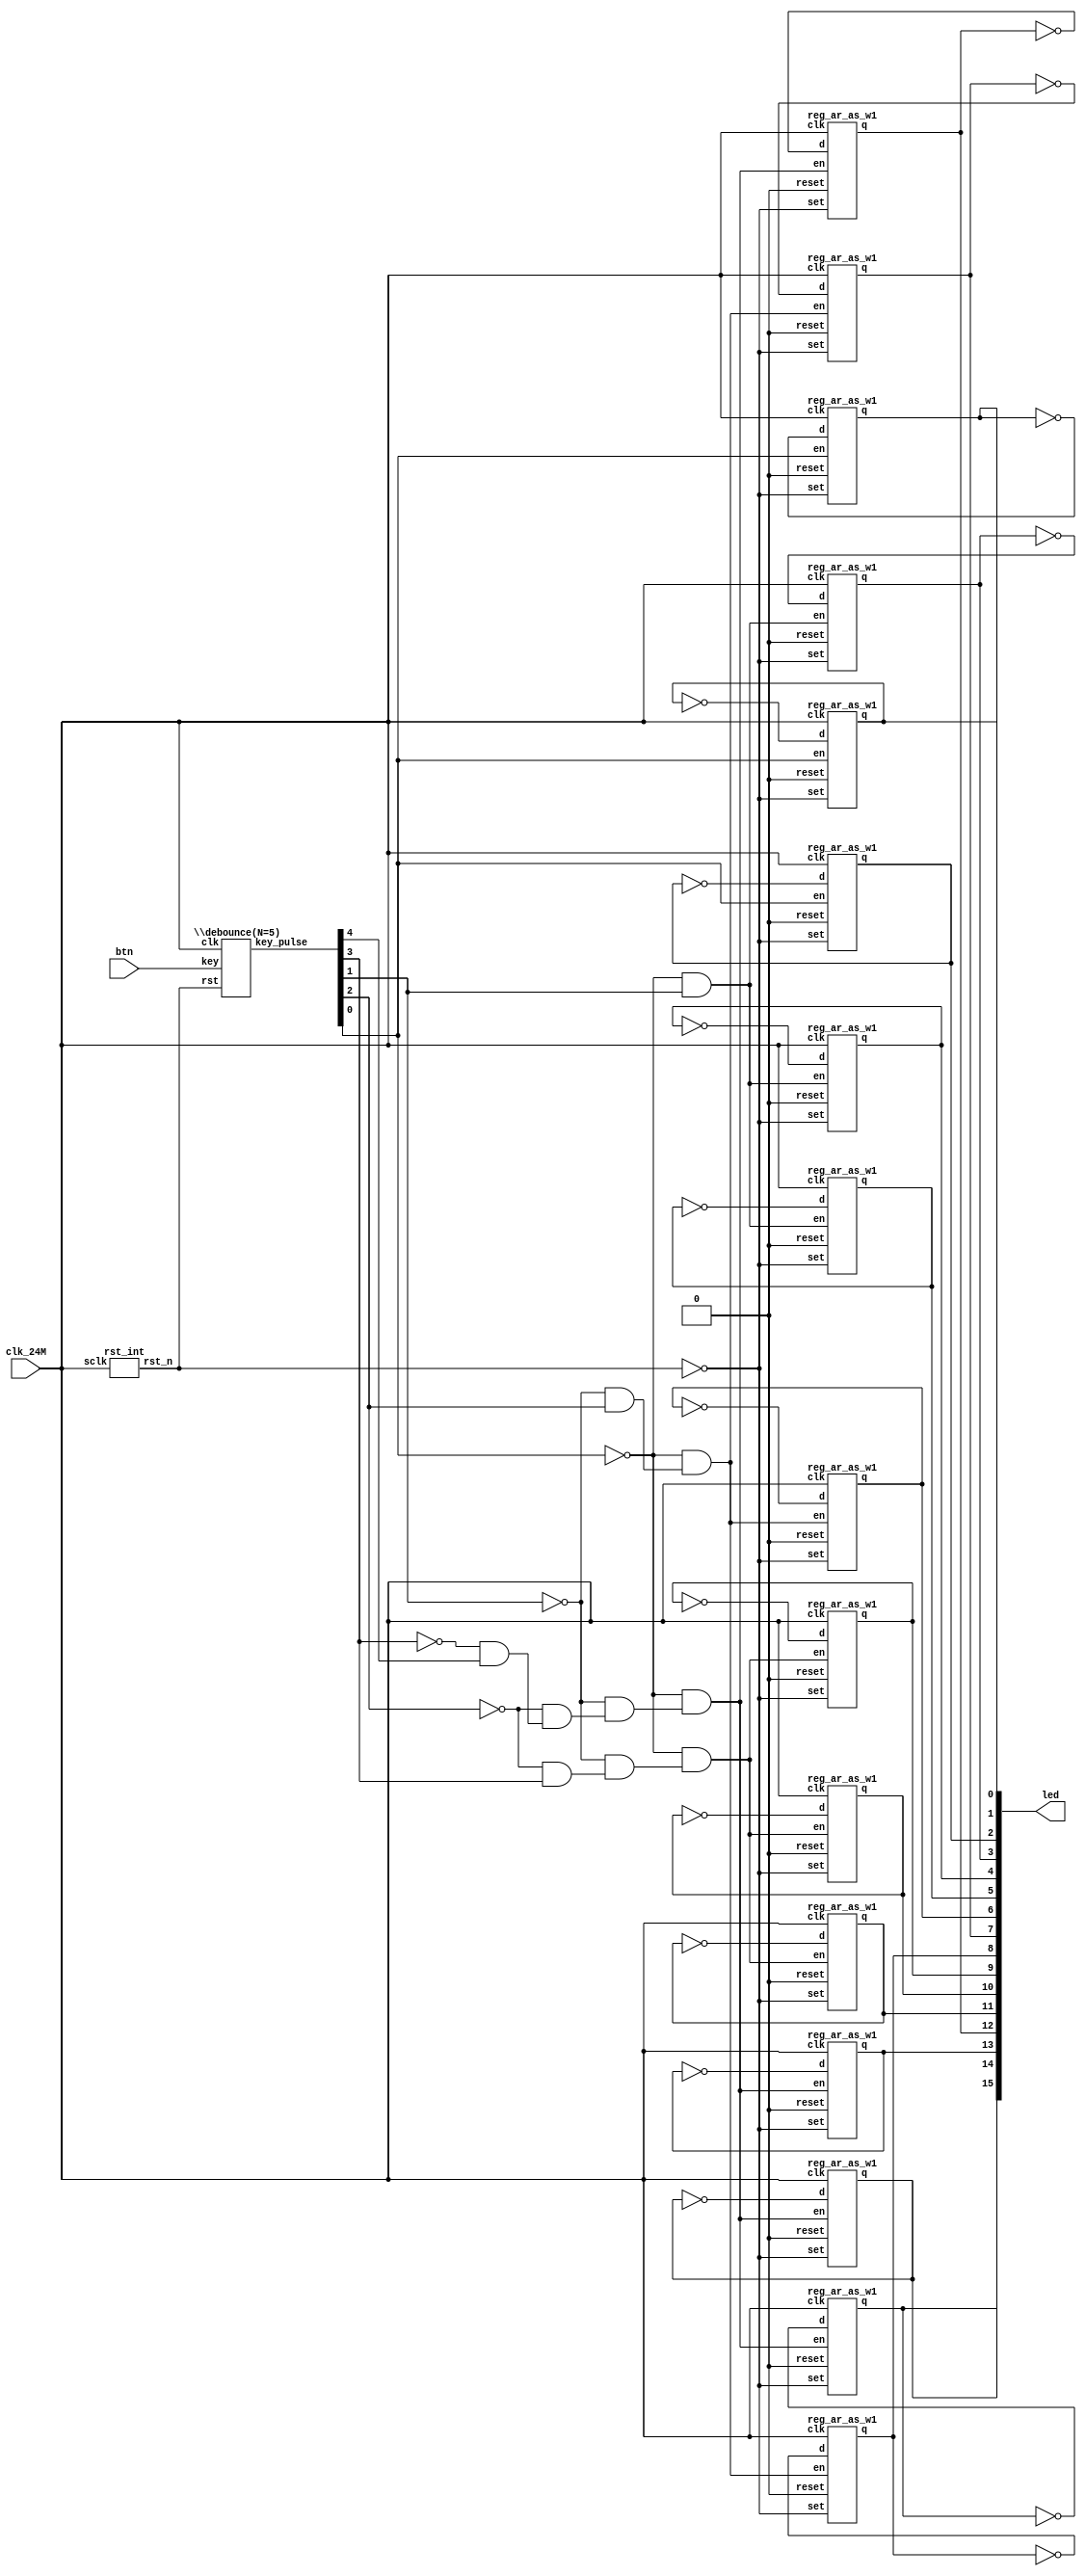
// Verilog netlist created by TD v4.6.12906
// Tue Jul 23 19:11:32 2019

`timescale 1ns / 1ps
module switch_LED  // Buttons_LED.v(15)
  (
  btn,
  clk_24M,
  led
  );

  input [4:0] btn;  // Buttons_LED.v(17)
  input clk_24M;  // Buttons_LED.v(16)
  output [15:0] led;  // Buttons_LED.v(18)

  wire [4:0] key_pulse;  // Buttons_LED.v(22)
  wire [2:0] n1;
  wire [2:0] n2;
  wire [2:0] n3;
  wire [2:0] n4;
  wire [3:0] n5;
  wire \key_pulse[0]_neg ;
  wire \key_pulse[1]_neg ;
  wire \key_pulse[2]_neg ;
  wire \key_pulse[3]_neg ;
  wire mux1_b3_sel_is_2_o;
  wire mux2_b3_sel_is_2_o;
  wire mux2_b6_sel_is_2_o;
  wire mux3_b10_sel_is_2_o;
  wire mux3_b12_sel_is_2_o;
  wire mux3_b3_sel_is_2_o;
  wire mux3_b6_sel_is_2_o;
  wire mux4_b10_sel_is_2_o;
  wire mux4_b3_sel_is_2_o;
  wire mux4_b6_sel_is_2_o;
  wire rst_n;  // Buttons_LED.v(21)

  not \key_pulse[0]_inv  (\key_pulse[0]_neg , key_pulse[0]);
  not \key_pulse[1]_inv  (\key_pulse[1]_neg , key_pulse[1]);
  not \key_pulse[2]_inv  (\key_pulse[2]_neg , key_pulse[2]);
  not \key_pulse[3]_inv  (\key_pulse[3]_neg , key_pulse[3]);
  and mux1_b3_sel_is_2 (mux1_b3_sel_is_2_o, \key_pulse[3]_neg , key_pulse[4]);
  and mux2_b3_sel_is_2 (mux2_b3_sel_is_2_o, \key_pulse[2]_neg , key_pulse[3]);
  and mux2_b6_sel_is_2 (mux2_b6_sel_is_2_o, \key_pulse[2]_neg , mux1_b3_sel_is_2_o);
  and mux3_b10_sel_is_2 (mux3_b10_sel_is_2_o, \key_pulse[0]_neg , mux4_b6_sel_is_2_o);
  and mux3_b12_sel_is_2 (mux3_b12_sel_is_2_o, \key_pulse[0]_neg , mux4_b10_sel_is_2_o);
  and mux3_b3_sel_is_2 (mux3_b3_sel_is_2_o, \key_pulse[0]_neg , key_pulse[1]);
  and mux3_b6_sel_is_2 (mux3_b6_sel_is_2_o, \key_pulse[0]_neg , mux4_b3_sel_is_2_o);
  and mux4_b10_sel_is_2 (mux4_b10_sel_is_2_o, \key_pulse[1]_neg , mux2_b6_sel_is_2_o);
  and mux4_b3_sel_is_2 (mux4_b3_sel_is_2_o, \key_pulse[1]_neg , key_pulse[2]);
  and mux4_b6_sel_is_2 (mux4_b6_sel_is_2_o, \key_pulse[1]_neg , mux2_b3_sel_is_2_o);
  reg_ar_as_w1 reg0_b0 (
    .clk(clk_24M),
    .d(n1[0]),
    .en(key_pulse[0]),
    .reset(1'b0),
    .set(~rst_n),
    .q(led[0]));  // Buttons_LED.v(54)
  reg_ar_as_w1 reg0_b1 (
    .clk(clk_24M),
    .d(n1[1]),
    .en(key_pulse[0]),
    .reset(1'b0),
    .set(~rst_n),
    .q(led[1]));  // Buttons_LED.v(54)
  reg_ar_as_w1 reg0_b10 (
    .clk(clk_24M),
    .d(n4[1]),
    .en(mux3_b10_sel_is_2_o),
    .reset(1'b0),
    .set(~rst_n),
    .q(led[10]));  // Buttons_LED.v(54)
  reg_ar_as_w1 reg0_b11 (
    .clk(clk_24M),
    .d(n4[2]),
    .en(mux3_b10_sel_is_2_o),
    .reset(1'b0),
    .set(~rst_n),
    .q(led[11]));  // Buttons_LED.v(54)
  reg_ar_as_w1 reg0_b12 (
    .clk(clk_24M),
    .d(n5[0]),
    .en(mux3_b12_sel_is_2_o),
    .reset(1'b0),
    .set(~rst_n),
    .q(led[12]));  // Buttons_LED.v(54)
  reg_ar_as_w1 reg0_b13 (
    .clk(clk_24M),
    .d(n5[1]),
    .en(mux3_b12_sel_is_2_o),
    .reset(1'b0),
    .set(~rst_n),
    .q(led[13]));  // Buttons_LED.v(54)
  reg_ar_as_w1 reg0_b14 (
    .clk(clk_24M),
    .d(n5[2]),
    .en(mux3_b12_sel_is_2_o),
    .reset(1'b0),
    .set(~rst_n),
    .q(led[14]));  // Buttons_LED.v(54)
  reg_ar_as_w1 reg0_b15 (
    .clk(clk_24M),
    .d(n5[3]),
    .en(mux3_b12_sel_is_2_o),
    .reset(1'b0),
    .set(~rst_n),
    .q(led[15]));  // Buttons_LED.v(54)
  reg_ar_as_w1 reg0_b2 (
    .clk(clk_24M),
    .d(n1[2]),
    .en(key_pulse[0]),
    .reset(1'b0),
    .set(~rst_n),
    .q(led[2]));  // Buttons_LED.v(54)
  reg_ar_as_w1 reg0_b3 (
    .clk(clk_24M),
    .d(n2[0]),
    .en(mux3_b3_sel_is_2_o),
    .reset(1'b0),
    .set(~rst_n),
    .q(led[3]));  // Buttons_LED.v(54)
  reg_ar_as_w1 reg0_b4 (
    .clk(clk_24M),
    .d(n2[1]),
    .en(mux3_b3_sel_is_2_o),
    .reset(1'b0),
    .set(~rst_n),
    .q(led[4]));  // Buttons_LED.v(54)
  reg_ar_as_w1 reg0_b5 (
    .clk(clk_24M),
    .d(n2[2]),
    .en(mux3_b3_sel_is_2_o),
    .reset(1'b0),
    .set(~rst_n),
    .q(led[5]));  // Buttons_LED.v(54)
  reg_ar_as_w1 reg0_b6 (
    .clk(clk_24M),
    .d(n3[0]),
    .en(mux3_b6_sel_is_2_o),
    .reset(1'b0),
    .set(~rst_n),
    .q(led[6]));  // Buttons_LED.v(54)
  reg_ar_as_w1 reg0_b7 (
    .clk(clk_24M),
    .d(n3[1]),
    .en(mux3_b6_sel_is_2_o),
    .reset(1'b0),
    .set(~rst_n),
    .q(led[7]));  // Buttons_LED.v(54)
  reg_ar_as_w1 reg0_b8 (
    .clk(clk_24M),
    .d(n3[2]),
    .en(mux3_b6_sel_is_2_o),
    .reset(1'b0),
    .set(~rst_n),
    .q(led[8]));  // Buttons_LED.v(54)
  reg_ar_as_w1 reg0_b9 (
    .clk(clk_24M),
    .d(n4[0]),
    .en(mux3_b10_sel_is_2_o),
    .reset(1'b0),
    .set(~rst_n),
    .q(led[9]));  // Buttons_LED.v(54)
  not u0 (n4[1], led[10]);  // Buttons_LED.v(49)
  not u1 (n5[3], led[15]);  // Buttons_LED.v(51)
  not u10 (n4[2], led[11]);  // Buttons_LED.v(49)
  not u11 (n3[1], led[7]);  // Buttons_LED.v(47)
  not u12 (n3[2], led[8]);  // Buttons_LED.v(47)
  not u13 (n2[1], led[4]);  // Buttons_LED.v(45)
  not u14 (n2[2], led[5]);  // Buttons_LED.v(45)
  not u15 (n1[1], led[1]);  // Buttons_LED.v(43)
  not u16 (n1[2], led[2]);  // Buttons_LED.v(43)
  not u2 (n5[2], led[14]);  // Buttons_LED.v(51)
  not u3 (n5[1], led[13]);  // Buttons_LED.v(51)
  not u4 (n5[0], led[12]);  // Buttons_LED.v(51)
  not u6 (n1[0], led[0]);  // Buttons_LED.v(43)
  not u7 (n2[0], led[3]);  // Buttons_LED.v(45)
  not u8 (n3[0], led[6]);  // Buttons_LED.v(47)
  not u9 (n4[0], led[9]);  // Buttons_LED.v(49)
  \debounce(N=5)  ux_btn (
    .clk(clk_24M),
    .key(btn),
    .rst(rst_n),
    .key_pulse(key_pulse));  // Buttons_LED.v(25)
  rst_int ux_rst (
    .sclk(clk_24M),
    .rst_n(rst_n));  // Buttons_LED.v(32)

endmodule 

module reg_ar_as_w1
  (
  clk,
  d,
  en,
  reset,
  set,
  q
  );

  input clk;
  input d;
  input en;
  input reset;
  input set;
  output q;

  parameter REGSET = "RESET";
  wire enout;

  AL_MUX u_en0 (
    .i0(q),
    .i1(d),
    .sel(en),
    .o(enout));
  AL_DFF #(
    .INI((REGSET == "SET") ? 1'b1 : 1'b0))
    u_seq0 (
    .clk(clk),
    .d(enout),
    .reset(reset),
    .set(set),
    .q(q));

endmodule 

module \debounce(N=5)   // debounce.v(2)
  (
  clk,
  key,
  rst,
  key_pulse
  );

  input clk;  // debounce.v(7)
  input [4:0] key;  // debounce.v(9)
  input rst;  // debounce.v(8)
  output [4:0] key_pulse;  // debounce.v(10)

  parameter N = 5;
  wire [18:0] cnt;  // debounce.v(32)
  wire [4:0] key_edge;  // debounce.v(15)
  wire [4:0] key_rst;  // debounce.v(13)
  wire [4:0] key_rst_pre;  // debounce.v(12)
  wire [4:0] key_sec;  // debounce.v(46)
  wire [4:0] key_sec_pre;  // debounce.v(45)
  wire [4:0] n0;
  wire [4:0] n10;
  wire [18:0] n3;
  wire [18:0] n4;
  wire n2;
  wire n5;
  wire n6;
  wire n8;
  wire n9;

  add_pu19_pu19_o19 add0 (
    .i0(cnt),
    .i1(19'b0000000000000000001),
    .o(n3));  // debounce.v(42)
  eq_w19 eq0 (
    .i0(cnt),
    .i1(19'b1110101011000000001),
    .o(n6));  // debounce.v(54)
  binary_mux_s1_w1 mux0_b0 (
    .i0(n3[0]),
    .i1(1'b0),
    .sel(n2),
    .o(n4[0]));  // debounce.v(42)
  binary_mux_s1_w1 mux0_b1 (
    .i0(n3[1]),
    .i1(1'b0),
    .sel(n2),
    .o(n4[1]));  // debounce.v(42)
  binary_mux_s1_w1 mux0_b10 (
    .i0(n3[10]),
    .i1(1'b0),
    .sel(n2),
    .o(n4[10]));  // debounce.v(42)
  binary_mux_s1_w1 mux0_b11 (
    .i0(n3[11]),
    .i1(1'b0),
    .sel(n2),
    .o(n4[11]));  // debounce.v(42)
  binary_mux_s1_w1 mux0_b12 (
    .i0(n3[12]),
    .i1(1'b0),
    .sel(n2),
    .o(n4[12]));  // debounce.v(42)
  binary_mux_s1_w1 mux0_b13 (
    .i0(n3[13]),
    .i1(1'b0),
    .sel(n2),
    .o(n4[13]));  // debounce.v(42)
  binary_mux_s1_w1 mux0_b14 (
    .i0(n3[14]),
    .i1(1'b0),
    .sel(n2),
    .o(n4[14]));  // debounce.v(42)
  binary_mux_s1_w1 mux0_b15 (
    .i0(n3[15]),
    .i1(1'b0),
    .sel(n2),
    .o(n4[15]));  // debounce.v(42)
  binary_mux_s1_w1 mux0_b16 (
    .i0(n3[16]),
    .i1(1'b0),
    .sel(n2),
    .o(n4[16]));  // debounce.v(42)
  binary_mux_s1_w1 mux0_b17 (
    .i0(n3[17]),
    .i1(1'b0),
    .sel(n2),
    .o(n4[17]));  // debounce.v(42)
  binary_mux_s1_w1 mux0_b18 (
    .i0(n3[18]),
    .i1(1'b0),
    .sel(n2),
    .o(n4[18]));  // debounce.v(42)
  binary_mux_s1_w1 mux0_b2 (
    .i0(n3[2]),
    .i1(1'b0),
    .sel(n2),
    .o(n4[2]));  // debounce.v(42)
  binary_mux_s1_w1 mux0_b3 (
    .i0(n3[3]),
    .i1(1'b0),
    .sel(n2),
    .o(n4[3]));  // debounce.v(42)
  binary_mux_s1_w1 mux0_b4 (
    .i0(n3[4]),
    .i1(1'b0),
    .sel(n2),
    .o(n4[4]));  // debounce.v(42)
  binary_mux_s1_w1 mux0_b5 (
    .i0(n3[5]),
    .i1(1'b0),
    .sel(n2),
    .o(n4[5]));  // debounce.v(42)
  binary_mux_s1_w1 mux0_b6 (
    .i0(n3[6]),
    .i1(1'b0),
    .sel(n2),
    .o(n4[6]));  // debounce.v(42)
  binary_mux_s1_w1 mux0_b7 (
    .i0(n3[7]),
    .i1(1'b0),
    .sel(n2),
    .o(n4[7]));  // debounce.v(42)
  binary_mux_s1_w1 mux0_b8 (
    .i0(n3[8]),
    .i1(1'b0),
    .sel(n2),
    .o(n4[8]));  // debounce.v(42)
  binary_mux_s1_w1 mux0_b9 (
    .i0(n3[9]),
    .i1(1'b0),
    .sel(n2),
    .o(n4[9]));  // debounce.v(42)
  reg_ar_as_w1 reg0_b0 (
    .clk(clk),
    .d(key_rst[0]),
    .en(1'b1),
    .reset(1'b0),
    .set(~rst),
    .q(key_rst_pre[0]));  // debounce.v(27)
  reg_ar_as_w1 reg0_b1 (
    .clk(clk),
    .d(key_rst[1]),
    .en(1'b1),
    .reset(1'b0),
    .set(~rst),
    .q(key_rst_pre[1]));  // debounce.v(27)
  reg_ar_as_w1 reg0_b2 (
    .clk(clk),
    .d(key_rst[2]),
    .en(1'b1),
    .reset(1'b0),
    .set(~rst),
    .q(key_rst_pre[2]));  // debounce.v(27)
  reg_ar_as_w1 reg0_b3 (
    .clk(clk),
    .d(key_rst[3]),
    .en(1'b1),
    .reset(1'b0),
    .set(~rst),
    .q(key_rst_pre[3]));  // debounce.v(27)
  reg_ar_as_w1 reg0_b4 (
    .clk(clk),
    .d(key_rst[4]),
    .en(1'b1),
    .reset(1'b0),
    .set(~rst),
    .q(key_rst_pre[4]));  // debounce.v(27)
  reg_ar_as_w1 reg1_b0 (
    .clk(clk),
    .d(n4[0]),
    .en(1'b1),
    .reset(~rst),
    .set(1'b0),
    .q(cnt[0]));  // debounce.v(42)
  reg_ar_as_w1 reg1_b1 (
    .clk(clk),
    .d(n4[1]),
    .en(1'b1),
    .reset(~rst),
    .set(1'b0),
    .q(cnt[1]));  // debounce.v(42)
  reg_ar_as_w1 reg1_b10 (
    .clk(clk),
    .d(n4[10]),
    .en(1'b1),
    .reset(~rst),
    .set(1'b0),
    .q(cnt[10]));  // debounce.v(42)
  reg_ar_as_w1 reg1_b11 (
    .clk(clk),
    .d(n4[11]),
    .en(1'b1),
    .reset(~rst),
    .set(1'b0),
    .q(cnt[11]));  // debounce.v(42)
  reg_ar_as_w1 reg1_b12 (
    .clk(clk),
    .d(n4[12]),
    .en(1'b1),
    .reset(~rst),
    .set(1'b0),
    .q(cnt[12]));  // debounce.v(42)
  reg_ar_as_w1 reg1_b13 (
    .clk(clk),
    .d(n4[13]),
    .en(1'b1),
    .reset(~rst),
    .set(1'b0),
    .q(cnt[13]));  // debounce.v(42)
  reg_ar_as_w1 reg1_b14 (
    .clk(clk),
    .d(n4[14]),
    .en(1'b1),
    .reset(~rst),
    .set(1'b0),
    .q(cnt[14]));  // debounce.v(42)
  reg_ar_as_w1 reg1_b15 (
    .clk(clk),
    .d(n4[15]),
    .en(1'b1),
    .reset(~rst),
    .set(1'b0),
    .q(cnt[15]));  // debounce.v(42)
  reg_ar_as_w1 reg1_b16 (
    .clk(clk),
    .d(n4[16]),
    .en(1'b1),
    .reset(~rst),
    .set(1'b0),
    .q(cnt[16]));  // debounce.v(42)
  reg_ar_as_w1 reg1_b17 (
    .clk(clk),
    .d(n4[17]),
    .en(1'b1),
    .reset(~rst),
    .set(1'b0),
    .q(cnt[17]));  // debounce.v(42)
  reg_ar_as_w1 reg1_b18 (
    .clk(clk),
    .d(n4[18]),
    .en(1'b1),
    .reset(~rst),
    .set(1'b0),
    .q(cnt[18]));  // debounce.v(42)
  reg_ar_as_w1 reg1_b2 (
    .clk(clk),
    .d(n4[2]),
    .en(1'b1),
    .reset(~rst),
    .set(1'b0),
    .q(cnt[2]));  // debounce.v(42)
  reg_ar_as_w1 reg1_b3 (
    .clk(clk),
    .d(n4[3]),
    .en(1'b1),
    .reset(~rst),
    .set(1'b0),
    .q(cnt[3]));  // debounce.v(42)
  reg_ar_as_w1 reg1_b4 (
    .clk(clk),
    .d(n4[4]),
    .en(1'b1),
    .reset(~rst),
    .set(1'b0),
    .q(cnt[4]));  // debounce.v(42)
  reg_ar_as_w1 reg1_b5 (
    .clk(clk),
    .d(n4[5]),
    .en(1'b1),
    .reset(~rst),
    .set(1'b0),
    .q(cnt[5]));  // debounce.v(42)
  reg_ar_as_w1 reg1_b6 (
    .clk(clk),
    .d(n4[6]),
    .en(1'b1),
    .reset(~rst),
    .set(1'b0),
    .q(cnt[6]));  // debounce.v(42)
  reg_ar_as_w1 reg1_b7 (
    .clk(clk),
    .d(n4[7]),
    .en(1'b1),
    .reset(~rst),
    .set(1'b0),
    .q(cnt[7]));  // debounce.v(42)
  reg_ar_as_w1 reg1_b8 (
    .clk(clk),
    .d(n4[8]),
    .en(1'b1),
    .reset(~rst),
    .set(1'b0),
    .q(cnt[8]));  // debounce.v(42)
  reg_ar_as_w1 reg1_b9 (
    .clk(clk),
    .d(n4[9]),
    .en(1'b1),
    .reset(~rst),
    .set(1'b0),
    .q(cnt[9]));  // debounce.v(42)
  reg_ar_as_w1 reg2_b0 (
    .clk(clk),
    .d(key[0]),
    .en(n6),
    .reset(1'b0),
    .set(~rst),
    .q(key_sec[0]));  // debounce.v(55)
  reg_ar_as_w1 reg2_b1 (
    .clk(clk),
    .d(key[1]),
    .en(n6),
    .reset(1'b0),
    .set(~rst),
    .q(key_sec[1]));  // debounce.v(55)
  reg_ar_as_w1 reg2_b2 (
    .clk(clk),
    .d(key[2]),
    .en(n6),
    .reset(1'b0),
    .set(~rst),
    .q(key_sec[2]));  // debounce.v(55)
  reg_ar_as_w1 reg2_b3 (
    .clk(clk),
    .d(key[3]),
    .en(n6),
    .reset(1'b0),
    .set(~rst),
    .q(key_sec[3]));  // debounce.v(55)
  reg_ar_as_w1 reg2_b4 (
    .clk(clk),
    .d(key[4]),
    .en(n6),
    .reset(1'b0),
    .set(~rst),
    .q(key_sec[4]));  // debounce.v(55)
  reg_ar_as_w1 reg3_b0 (
    .clk(clk),
    .d(key_sec[0]),
    .en(1'b1),
    .reset(1'b0),
    .set(~rst),
    .q(key_sec_pre[0]));  // debounce.v(62)
  reg_ar_as_w1 reg3_b1 (
    .clk(clk),
    .d(key_sec[1]),
    .en(1'b1),
    .reset(1'b0),
    .set(~rst),
    .q(key_sec_pre[1]));  // debounce.v(62)
  reg_ar_as_w1 reg3_b2 (
    .clk(clk),
    .d(key_sec[2]),
    .en(1'b1),
    .reset(1'b0),
    .set(~rst),
    .q(key_sec_pre[2]));  // debounce.v(62)
  reg_ar_as_w1 reg3_b3 (
    .clk(clk),
    .d(key_sec[3]),
    .en(1'b1),
    .reset(1'b0),
    .set(~rst),
    .q(key_sec_pre[3]));  // debounce.v(62)
  reg_ar_as_w1 reg3_b4 (
    .clk(clk),
    .d(key_sec[4]),
    .en(1'b1),
    .reset(1'b0),
    .set(~rst),
    .q(key_sec_pre[4]));  // debounce.v(62)
  reg_ar_as_w1 reg4_b0 (
    .clk(clk),
    .d(key[0]),
    .en(1'b1),
    .reset(1'b0),
    .set(~rst),
    .q(key_rst[0]));  // debounce.v(27)
  reg_ar_as_w1 reg4_b1 (
    .clk(clk),
    .d(key[1]),
    .en(1'b1),
    .reset(1'b0),
    .set(~rst),
    .q(key_rst[1]));  // debounce.v(27)
  reg_ar_as_w1 reg4_b2 (
    .clk(clk),
    .d(key[2]),
    .en(1'b1),
    .reset(1'b0),
    .set(~rst),
    .q(key_rst[2]));  // debounce.v(27)
  reg_ar_as_w1 reg4_b3 (
    .clk(clk),
    .d(key[3]),
    .en(1'b1),
    .reset(1'b0),
    .set(~rst),
    .q(key_rst[3]));  // debounce.v(27)
  reg_ar_as_w1 reg4_b4 (
    .clk(clk),
    .d(key[4]),
    .en(1'b1),
    .reset(1'b0),
    .set(~rst),
    .q(key_rst[4]));  // debounce.v(27)
  not u10 (n10[1], key_sec[1]);  // debounce.v(64)
  and u11 (key_pulse[2], key_sec_pre[2], n10[2]);  // debounce.v(64)
  and u12 (key_pulse[4], key_sec_pre[4], n10[4]);  // debounce.v(64)
  and u13 (key_pulse[1], key_sec_pre[1], n10[1]);  // debounce.v(64)
  or u14 (n5, key_edge[2], n9);  // debounce.v(39)
  or u15 (n8, key_edge[0], key_edge[1]);  // debounce.v(39)
  not u16 (n10[0], key_sec[0]);  // debounce.v(64)
  and u17 (key_pulse[0], key_sec_pre[0], n10[0]);  // debounce.v(64)
  or u18 (n2, n8, n5);  // debounce.v(39)
  and u19 (key_edge[1], key_rst_pre[1], n0[1]);  // debounce.v(30)
  or u2 (n9, key_edge[3], key_edge[4]);  // debounce.v(39)
  and u20 (key_edge[2], key_rst_pre[2], n0[2]);  // debounce.v(30)
  and u21 (key_edge[3], key_rst_pre[3], n0[3]);  // debounce.v(30)
  and u22 (key_edge[4], key_rst_pre[4], n0[4]);  // debounce.v(30)
  not u23 (n0[1], key_rst[1]);  // debounce.v(30)
  not u24 (n0[2], key_rst[2]);  // debounce.v(30)
  not u25 (n0[3], key_rst[3]);  // debounce.v(30)
  not u26 (n0[4], key_rst[4]);  // debounce.v(30)
  not u3 (n10[4], key_sec[4]);  // debounce.v(64)
  not u4 (n10[3], key_sec[3]);  // debounce.v(64)
  not u6 (n0[0], key_rst[0]);  // debounce.v(30)
  not u7 (n10[2], key_sec[2]);  // debounce.v(64)
  and u8 (key_pulse[3], key_sec_pre[3], n10[3]);  // debounce.v(64)
  and u9 (key_edge[0], key_rst_pre[0], n0[0]);  // debounce.v(30)

endmodule 

module rst_int  // rst.v(9)
  (
  sclk,
  rst_n
  );

  input sclk;  // rst.v(11)
  output rst_n;  // rst.v(12)

  wire [3:0] counter;  // rst.v(15)
  wire [3:0] n1;
  wire n0;

  add_pu4_pu4_o4 add0 (
    .i0(counter),
    .i1(4'b0001),
    .o(n1));  // rst.v(22)
  eq_w4 eq0 (
    .i0(counter),
    .i1(4'b1111),
    .o(n0));  // rst.v(19)
  reg_ar_ss_w1 reg0_b0 (
    .clk(sclk),
    .d(n1[0]),
    .en(1'b1),
    .reset(1'b0),
    .set(n0),
    .q(counter[0]));  // rst.v(23)
  reg_ar_ss_w1 reg0_b1 (
    .clk(sclk),
    .d(n1[1]),
    .en(1'b1),
    .reset(1'b0),
    .set(n0),
    .q(counter[1]));  // rst.v(23)
  reg_ar_ss_w1 reg0_b2 (
    .clk(sclk),
    .d(n1[2]),
    .en(1'b1),
    .reset(1'b0),
    .set(n0),
    .q(counter[2]));  // rst.v(23)
  reg_ar_ss_w1 reg0_b3 (
    .clk(sclk),
    .d(n1[3]),
    .en(1'b1),
    .reset(1'b0),
    .set(n0),
    .q(counter[3]));  // rst.v(23)
  reg_ar_as_w1 rst_n_reg (
    .clk(sclk),
    .d(n0),
    .en(1'b1),
    .reset(1'b0),
    .set(1'b0),
    .q(rst_n));  // rst.v(31)

endmodule 

module add_pu19_pu19_o19
  (
  i0,
  i1,
  o
  );

  input [18:0] i0;
  input [18:0] i1;
  output [18:0] o;

  wire net_a0;
  wire net_a1;
  wire net_a10;
  wire net_a11;
  wire net_a12;
  wire net_a13;
  wire net_a14;
  wire net_a15;
  wire net_a16;
  wire net_a17;
  wire net_a18;
  wire net_a2;
  wire net_a3;
  wire net_a4;
  wire net_a5;
  wire net_a6;
  wire net_a7;
  wire net_a8;
  wire net_a9;
  wire net_b0;
  wire net_b1;
  wire net_b10;
  wire net_b11;
  wire net_b12;
  wire net_b13;
  wire net_b14;
  wire net_b15;
  wire net_b16;
  wire net_b17;
  wire net_b18;
  wire net_b2;
  wire net_b3;
  wire net_b4;
  wire net_b5;
  wire net_b6;
  wire net_b7;
  wire net_b8;
  wire net_b9;
  wire net_cout0;
  wire net_cout1;
  wire net_cout10;
  wire net_cout11;
  wire net_cout12;
  wire net_cout13;
  wire net_cout14;
  wire net_cout15;
  wire net_cout16;
  wire net_cout17;
  wire net_cout18;
  wire net_cout2;
  wire net_cout3;
  wire net_cout4;
  wire net_cout5;
  wire net_cout6;
  wire net_cout7;
  wire net_cout8;
  wire net_cout9;
  wire net_sum0;
  wire net_sum1;
  wire net_sum10;
  wire net_sum11;
  wire net_sum12;
  wire net_sum13;
  wire net_sum14;
  wire net_sum15;
  wire net_sum16;
  wire net_sum17;
  wire net_sum18;
  wire net_sum2;
  wire net_sum3;
  wire net_sum4;
  wire net_sum5;
  wire net_sum6;
  wire net_sum7;
  wire net_sum8;
  wire net_sum9;

  assign net_a18 = i0[18];
  assign net_a17 = i0[17];
  assign net_a16 = i0[16];
  assign net_a15 = i0[15];
  assign net_a14 = i0[14];
  assign net_a13 = i0[13];
  assign net_a12 = i0[12];
  assign net_a11 = i0[11];
  assign net_a10 = i0[10];
  assign net_a9 = i0[9];
  assign net_a8 = i0[8];
  assign net_a7 = i0[7];
  assign net_a6 = i0[6];
  assign net_a5 = i0[5];
  assign net_a4 = i0[4];
  assign net_a3 = i0[3];
  assign net_a2 = i0[2];
  assign net_a1 = i0[1];
  assign net_a0 = i0[0];
  assign net_b18 = i1[18];
  assign net_b17 = i1[17];
  assign net_b16 = i1[16];
  assign net_b15 = i1[15];
  assign net_b14 = i1[14];
  assign net_b13 = i1[13];
  assign net_b12 = i1[12];
  assign net_b11 = i1[11];
  assign net_b10 = i1[10];
  assign net_b9 = i1[9];
  assign net_b8 = i1[8];
  assign net_b7 = i1[7];
  assign net_b6 = i1[6];
  assign net_b5 = i1[5];
  assign net_b4 = i1[4];
  assign net_b3 = i1[3];
  assign net_b2 = i1[2];
  assign net_b1 = i1[1];
  assign net_b0 = i1[0];
  assign o[18] = net_sum18;
  assign o[17] = net_sum17;
  assign o[16] = net_sum16;
  assign o[15] = net_sum15;
  assign o[14] = net_sum14;
  assign o[13] = net_sum13;
  assign o[12] = net_sum12;
  assign o[11] = net_sum11;
  assign o[10] = net_sum10;
  assign o[9] = net_sum9;
  assign o[8] = net_sum8;
  assign o[7] = net_sum7;
  assign o[6] = net_sum6;
  assign o[5] = net_sum5;
  assign o[4] = net_sum4;
  assign o[3] = net_sum3;
  assign o[2] = net_sum2;
  assign o[1] = net_sum1;
  assign o[0] = net_sum0;
  AL_FADD comp_0 (
    .a(net_a0),
    .b(net_b0),
    .c(1'b0),
    .cout(net_cout0),
    .sum(net_sum0));
  AL_FADD comp_1 (
    .a(net_a1),
    .b(net_b1),
    .c(net_cout0),
    .cout(net_cout1),
    .sum(net_sum1));
  AL_FADD comp_10 (
    .a(net_a10),
    .b(net_b10),
    .c(net_cout9),
    .cout(net_cout10),
    .sum(net_sum10));
  AL_FADD comp_11 (
    .a(net_a11),
    .b(net_b11),
    .c(net_cout10),
    .cout(net_cout11),
    .sum(net_sum11));
  AL_FADD comp_12 (
    .a(net_a12),
    .b(net_b12),
    .c(net_cout11),
    .cout(net_cout12),
    .sum(net_sum12));
  AL_FADD comp_13 (
    .a(net_a13),
    .b(net_b13),
    .c(net_cout12),
    .cout(net_cout13),
    .sum(net_sum13));
  AL_FADD comp_14 (
    .a(net_a14),
    .b(net_b14),
    .c(net_cout13),
    .cout(net_cout14),
    .sum(net_sum14));
  AL_FADD comp_15 (
    .a(net_a15),
    .b(net_b15),
    .c(net_cout14),
    .cout(net_cout15),
    .sum(net_sum15));
  AL_FADD comp_16 (
    .a(net_a16),
    .b(net_b16),
    .c(net_cout15),
    .cout(net_cout16),
    .sum(net_sum16));
  AL_FADD comp_17 (
    .a(net_a17),
    .b(net_b17),
    .c(net_cout16),
    .cout(net_cout17),
    .sum(net_sum17));
  AL_FADD comp_18 (
    .a(net_a18),
    .b(net_b18),
    .c(net_cout17),
    .cout(net_cout18),
    .sum(net_sum18));
  AL_FADD comp_2 (
    .a(net_a2),
    .b(net_b2),
    .c(net_cout1),
    .cout(net_cout2),
    .sum(net_sum2));
  AL_FADD comp_3 (
    .a(net_a3),
    .b(net_b3),
    .c(net_cout2),
    .cout(net_cout3),
    .sum(net_sum3));
  AL_FADD comp_4 (
    .a(net_a4),
    .b(net_b4),
    .c(net_cout3),
    .cout(net_cout4),
    .sum(net_sum4));
  AL_FADD comp_5 (
    .a(net_a5),
    .b(net_b5),
    .c(net_cout4),
    .cout(net_cout5),
    .sum(net_sum5));
  AL_FADD comp_6 (
    .a(net_a6),
    .b(net_b6),
    .c(net_cout5),
    .cout(net_cout6),
    .sum(net_sum6));
  AL_FADD comp_7 (
    .a(net_a7),
    .b(net_b7),
    .c(net_cout6),
    .cout(net_cout7),
    .sum(net_sum7));
  AL_FADD comp_8 (
    .a(net_a8),
    .b(net_b8),
    .c(net_cout7),
    .cout(net_cout8),
    .sum(net_sum8));
  AL_FADD comp_9 (
    .a(net_a9),
    .b(net_b9),
    .c(net_cout8),
    .cout(net_cout9),
    .sum(net_sum9));

endmodule 

module eq_w19
  (
  i0,
  i1,
  o
  );

  input [18:0] i0;
  input [18:0] i1;
  output o;

  wire \or_or_or_or_xor_i0[0_o ;
  wire \or_or_or_xor_i0[0]_i_o ;
  wire \or_or_or_xor_i0[9]_i_o ;
  wire \or_or_xor_i0[0]_i1[0_o ;
  wire \or_or_xor_i0[14]_i1[_o ;
  wire \or_or_xor_i0[4]_i1[4_o ;
  wire \or_or_xor_i0[9]_i1[9_o ;
  wire \or_xor_i0[0]_i1[0]_o_o ;
  wire \or_xor_i0[11]_i1[11]_o ;
  wire \or_xor_i0[12]_i1[12]_o ;
  wire \or_xor_i0[14]_i1[14]_o ;
  wire \or_xor_i0[16]_i1[16]_o ;
  wire \or_xor_i0[17]_i1[17]_o ;
  wire \or_xor_i0[2]_i1[2]_o_o ;
  wire \or_xor_i0[4]_i1[4]_o_o ;
  wire \or_xor_i0[6]_i1[6]_o_o ;
  wire \or_xor_i0[7]_i1[7]_o_o ;
  wire \or_xor_i0[9]_i1[9]_o_o ;
  wire \xor_i0[0]_i1[0]_o ;
  wire \xor_i0[10]_i1[10]_o ;
  wire \xor_i0[11]_i1[11]_o ;
  wire \xor_i0[12]_i1[12]_o ;
  wire \xor_i0[13]_i1[13]_o ;
  wire \xor_i0[14]_i1[14]_o ;
  wire \xor_i0[15]_i1[15]_o ;
  wire \xor_i0[16]_i1[16]_o ;
  wire \xor_i0[17]_i1[17]_o ;
  wire \xor_i0[18]_i1[18]_o ;
  wire \xor_i0[1]_i1[1]_o ;
  wire \xor_i0[2]_i1[2]_o ;
  wire \xor_i0[3]_i1[3]_o ;
  wire \xor_i0[4]_i1[4]_o ;
  wire \xor_i0[5]_i1[5]_o ;
  wire \xor_i0[6]_i1[6]_o ;
  wire \xor_i0[7]_i1[7]_o ;
  wire \xor_i0[8]_i1[8]_o ;
  wire \xor_i0[9]_i1[9]_o ;

  not none_diff (o, \or_or_or_or_xor_i0[0_o );
  or \or_or_or_or_xor_i0[0  (\or_or_or_or_xor_i0[0_o , \or_or_or_xor_i0[0]_i_o , \or_or_or_xor_i0[9]_i_o );
  or \or_or_or_xor_i0[0]_i  (\or_or_or_xor_i0[0]_i_o , \or_or_xor_i0[0]_i1[0_o , \or_or_xor_i0[4]_i1[4_o );
  or \or_or_or_xor_i0[9]_i  (\or_or_or_xor_i0[9]_i_o , \or_or_xor_i0[9]_i1[9_o , \or_or_xor_i0[14]_i1[_o );
  or \or_or_xor_i0[0]_i1[0  (\or_or_xor_i0[0]_i1[0_o , \or_xor_i0[0]_i1[0]_o_o , \or_xor_i0[2]_i1[2]_o_o );
  or \or_or_xor_i0[14]_i1[  (\or_or_xor_i0[14]_i1[_o , \or_xor_i0[14]_i1[14]_o , \or_xor_i0[16]_i1[16]_o );
  or \or_or_xor_i0[4]_i1[4  (\or_or_xor_i0[4]_i1[4_o , \or_xor_i0[4]_i1[4]_o_o , \or_xor_i0[6]_i1[6]_o_o );
  or \or_or_xor_i0[9]_i1[9  (\or_or_xor_i0[9]_i1[9_o , \or_xor_i0[9]_i1[9]_o_o , \or_xor_i0[11]_i1[11]_o );
  or \or_xor_i0[0]_i1[0]_o  (\or_xor_i0[0]_i1[0]_o_o , \xor_i0[0]_i1[0]_o , \xor_i0[1]_i1[1]_o );
  or \or_xor_i0[11]_i1[11]  (\or_xor_i0[11]_i1[11]_o , \xor_i0[11]_i1[11]_o , \or_xor_i0[12]_i1[12]_o );
  or \or_xor_i0[12]_i1[12]  (\or_xor_i0[12]_i1[12]_o , \xor_i0[12]_i1[12]_o , \xor_i0[13]_i1[13]_o );
  or \or_xor_i0[14]_i1[14]  (\or_xor_i0[14]_i1[14]_o , \xor_i0[14]_i1[14]_o , \xor_i0[15]_i1[15]_o );
  or \or_xor_i0[16]_i1[16]  (\or_xor_i0[16]_i1[16]_o , \xor_i0[16]_i1[16]_o , \or_xor_i0[17]_i1[17]_o );
  or \or_xor_i0[17]_i1[17]  (\or_xor_i0[17]_i1[17]_o , \xor_i0[17]_i1[17]_o , \xor_i0[18]_i1[18]_o );
  or \or_xor_i0[2]_i1[2]_o  (\or_xor_i0[2]_i1[2]_o_o , \xor_i0[2]_i1[2]_o , \xor_i0[3]_i1[3]_o );
  or \or_xor_i0[4]_i1[4]_o  (\or_xor_i0[4]_i1[4]_o_o , \xor_i0[4]_i1[4]_o , \xor_i0[5]_i1[5]_o );
  or \or_xor_i0[6]_i1[6]_o  (\or_xor_i0[6]_i1[6]_o_o , \xor_i0[6]_i1[6]_o , \or_xor_i0[7]_i1[7]_o_o );
  or \or_xor_i0[7]_i1[7]_o  (\or_xor_i0[7]_i1[7]_o_o , \xor_i0[7]_i1[7]_o , \xor_i0[8]_i1[8]_o );
  or \or_xor_i0[9]_i1[9]_o  (\or_xor_i0[9]_i1[9]_o_o , \xor_i0[9]_i1[9]_o , \xor_i0[10]_i1[10]_o );
  xor \xor_i0[0]_i1[0]  (\xor_i0[0]_i1[0]_o , i0[0], i1[0]);
  xor \xor_i0[10]_i1[10]  (\xor_i0[10]_i1[10]_o , i0[10], i1[10]);
  xor \xor_i0[11]_i1[11]  (\xor_i0[11]_i1[11]_o , i0[11], i1[11]);
  xor \xor_i0[12]_i1[12]  (\xor_i0[12]_i1[12]_o , i0[12], i1[12]);
  xor \xor_i0[13]_i1[13]  (\xor_i0[13]_i1[13]_o , i0[13], i1[13]);
  xor \xor_i0[14]_i1[14]  (\xor_i0[14]_i1[14]_o , i0[14], i1[14]);
  xor \xor_i0[15]_i1[15]  (\xor_i0[15]_i1[15]_o , i0[15], i1[15]);
  xor \xor_i0[16]_i1[16]  (\xor_i0[16]_i1[16]_o , i0[16], i1[16]);
  xor \xor_i0[17]_i1[17]  (\xor_i0[17]_i1[17]_o , i0[17], i1[17]);
  xor \xor_i0[18]_i1[18]  (\xor_i0[18]_i1[18]_o , i0[18], i1[18]);
  xor \xor_i0[1]_i1[1]  (\xor_i0[1]_i1[1]_o , i0[1], i1[1]);
  xor \xor_i0[2]_i1[2]  (\xor_i0[2]_i1[2]_o , i0[2], i1[2]);
  xor \xor_i0[3]_i1[3]  (\xor_i0[3]_i1[3]_o , i0[3], i1[3]);
  xor \xor_i0[4]_i1[4]  (\xor_i0[4]_i1[4]_o , i0[4], i1[4]);
  xor \xor_i0[5]_i1[5]  (\xor_i0[5]_i1[5]_o , i0[5], i1[5]);
  xor \xor_i0[6]_i1[6]  (\xor_i0[6]_i1[6]_o , i0[6], i1[6]);
  xor \xor_i0[7]_i1[7]  (\xor_i0[7]_i1[7]_o , i0[7], i1[7]);
  xor \xor_i0[8]_i1[8]  (\xor_i0[8]_i1[8]_o , i0[8], i1[8]);
  xor \xor_i0[9]_i1[9]  (\xor_i0[9]_i1[9]_o , i0[9], i1[9]);

endmodule 

module binary_mux_s1_w1
  (
  i0,
  i1,
  sel,
  o
  );

  input i0;
  input i1;
  input sel;
  output o;


  AL_MUX al_mux_b0_0_0 (
    .i0(i0),
    .i1(i1),
    .sel(sel),
    .o(o));

endmodule 

module add_pu4_pu4_o4
  (
  i0,
  i1,
  o
  );

  input [3:0] i0;
  input [3:0] i1;
  output [3:0] o;

  wire net_a0;
  wire net_a1;
  wire net_a2;
  wire net_a3;
  wire net_b0;
  wire net_b1;
  wire net_b2;
  wire net_b3;
  wire net_cout0;
  wire net_cout1;
  wire net_cout2;
  wire net_cout3;
  wire net_sum0;
  wire net_sum1;
  wire net_sum2;
  wire net_sum3;

  assign net_a3 = i0[3];
  assign net_a2 = i0[2];
  assign net_a1 = i0[1];
  assign net_a0 = i0[0];
  assign net_b3 = i1[3];
  assign net_b2 = i1[2];
  assign net_b1 = i1[1];
  assign net_b0 = i1[0];
  assign o[3] = net_sum3;
  assign o[2] = net_sum2;
  assign o[1] = net_sum1;
  assign o[0] = net_sum0;
  AL_FADD comp_0 (
    .a(net_a0),
    .b(net_b0),
    .c(1'b0),
    .cout(net_cout0),
    .sum(net_sum0));
  AL_FADD comp_1 (
    .a(net_a1),
    .b(net_b1),
    .c(net_cout0),
    .cout(net_cout1),
    .sum(net_sum1));
  AL_FADD comp_2 (
    .a(net_a2),
    .b(net_b2),
    .c(net_cout1),
    .cout(net_cout2),
    .sum(net_sum2));
  AL_FADD comp_3 (
    .a(net_a3),
    .b(net_b3),
    .c(net_cout2),
    .cout(net_cout3),
    .sum(net_sum3));

endmodule 

module eq_w4
  (
  i0,
  i1,
  o
  );

  input [3:0] i0;
  input [3:0] i1;
  output o;

  wire \or_or_xor_i0[0]_i1[0_o ;
  wire \or_xor_i0[0]_i1[0]_o_o ;
  wire \or_xor_i0[2]_i1[2]_o_o ;
  wire \xor_i0[0]_i1[0]_o ;
  wire \xor_i0[1]_i1[1]_o ;
  wire \xor_i0[2]_i1[2]_o ;
  wire \xor_i0[3]_i1[3]_o ;

  not none_diff (o, \or_or_xor_i0[0]_i1[0_o );
  or \or_or_xor_i0[0]_i1[0  (\or_or_xor_i0[0]_i1[0_o , \or_xor_i0[0]_i1[0]_o_o , \or_xor_i0[2]_i1[2]_o_o );
  or \or_xor_i0[0]_i1[0]_o  (\or_xor_i0[0]_i1[0]_o_o , \xor_i0[0]_i1[0]_o , \xor_i0[1]_i1[1]_o );
  or \or_xor_i0[2]_i1[2]_o  (\or_xor_i0[2]_i1[2]_o_o , \xor_i0[2]_i1[2]_o , \xor_i0[3]_i1[3]_o );
  xor \xor_i0[0]_i1[0]  (\xor_i0[0]_i1[0]_o , i0[0], i1[0]);
  xor \xor_i0[1]_i1[1]  (\xor_i0[1]_i1[1]_o , i0[1], i1[1]);
  xor \xor_i0[2]_i1[2]  (\xor_i0[2]_i1[2]_o , i0[2], i1[2]);
  xor \xor_i0[3]_i1[3]  (\xor_i0[3]_i1[3]_o , i0[3], i1[3]);

endmodule 

module reg_ar_ss_w1
  (
  clk,
  d,
  en,
  reset,
  set,
  q
  );

  input clk;
  input d;
  input en;
  input reset;
  input set;
  output q;

  parameter REGSET = "RESET";
  wire enout;
  wire setout;

  AL_MUX u_en0 (
    .i0(q),
    .i1(d),
    .sel(en),
    .o(enout));
  AL_DFF #(
    .INI((REGSET == "SET") ? 1'b1 : 1'b0))
    u_seq0 (
    .clk(clk),
    .d(setout),
    .reset(reset),
    .set(1'b0),
    .q(q));
  AL_MUX u_set0 (
    .i0(enout),
    .i1(1'b1),
    .sel(set),
    .o(setout));

endmodule 

module AL_MUX
  (
  input i0,
  input i1,
  input sel,
  output o
  );

  wire not_sel, sel_i0, sel_i1;
  not u0 (not_sel, sel);
  and u1 (sel_i1, sel, i1);
  and u2 (sel_i0, not_sel, i0);
  or u3 (o, sel_i1, sel_i0);

endmodule

module AL_DFF
  (
  input reset,
  input set,
  input clk,
  input d,
  output reg q
  );

  parameter INI = 1'b0;

  always @(posedge reset or posedge set or posedge clk)
  begin
    if (reset)
      q <= 1'b0;
    else if (set)
      q <= 1'b1;
    else
      q <= d;
  end

endmodule

module AL_FADD
  (
  input a,
  input b,
  input c,
  output sum,
  output cout
  );

  wire prop;
  wire not_prop;
  wire sel_i0;
  wire sel_i1;

  xor u0 (prop, a, b);
  xor u1 (sum, prop, c);
  not u2 (not_prop, prop);
  and u3 (sel_i1, prop, c);
  and u4 (sel_i0, not_prop, a);
  or  u5 (cout, sel_i0, sel_i1);

endmodule